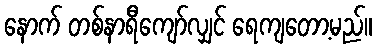
နောက် တစ်နာရီကျော်လျှင် ရေကျတော့မည်။